Sleeping sickness
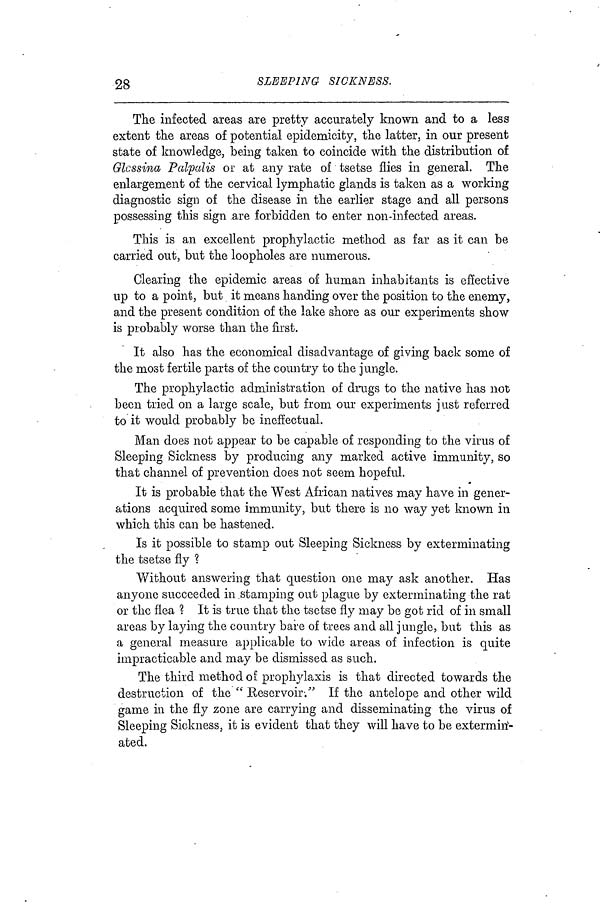
28
SLEEPING SICKNESS.
The infected areas are pretty accurately known and to a less
extent the areas of potential epidemicity, the latter, in our present
state of knowledge, being taken to coincide with the distribution of
Glossina Palpalis or at any rate of tsetse flies in general. The
enlargement of the cervical lymphatic glands is taken as a working
diagnostic sign of the disease in the earlier stage and all persons
possessing this sign are forbidden to enter non-infected areas.
This is an excellent prophylactic method as far as it can be
carried out, but the loopholes are numerous.
Clearing the epidemic areas of human inhabitants is effective
up to a point, but it means handing over the position to the enemy,
and the present condition of the lake shore as our experiments show
is probably worse than the first.
It also has the economical disadvantage of giving back some of
the most fertile parts of the country to the jungle.
The prophylactic administration of drugs to the native has not
been tried on a large scale, but from our experiments just referred
to it would probably be ineffectual.
Man does not appear to be capable of responding to the virus of
Sleeping Sickness by producing any marked active immunity, so
that channel of prevention does not seem hopeful.
It is probable that the West African natives may have in gener-
ations acquired some immunity, but there is no way yet known in
which this can be hastened.
Is it possible to stamp out Sleeping Sickness by exterminating
the tsetse fly ?
Without answering that question one may ask another. Has
anyone succeeded in stamping out plague by exterminating the rat
or the flea ? It is true that the tsetse fly may be got rid of in small
areas by laying the country bare of trees and all jungle, but this as
a general measure applicable to wide areas of infection is quite
impracticable and may be dismissed as such.
The third method of prophylaxis is that directed towards the
destruction of the " Reservoir·." If the antelope and other wild
game in the fly zone are carrying and disseminating the virus of
Sleeping Sickness, it is evident that they will have to be extermin-
ated.